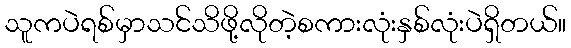
သူကပဲရစ်မှာသင်သိဖို့လိုတဲ့စကားလုံးနှစ်လုံးပဲရှိတယ်။